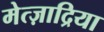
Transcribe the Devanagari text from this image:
मेत्ज़ाद्रिया